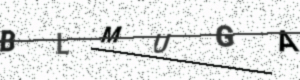
Text: BLMUGA